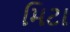
મિટા